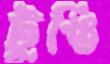
টুঙি